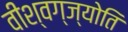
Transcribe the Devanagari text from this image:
वीश्वग्ज्योति